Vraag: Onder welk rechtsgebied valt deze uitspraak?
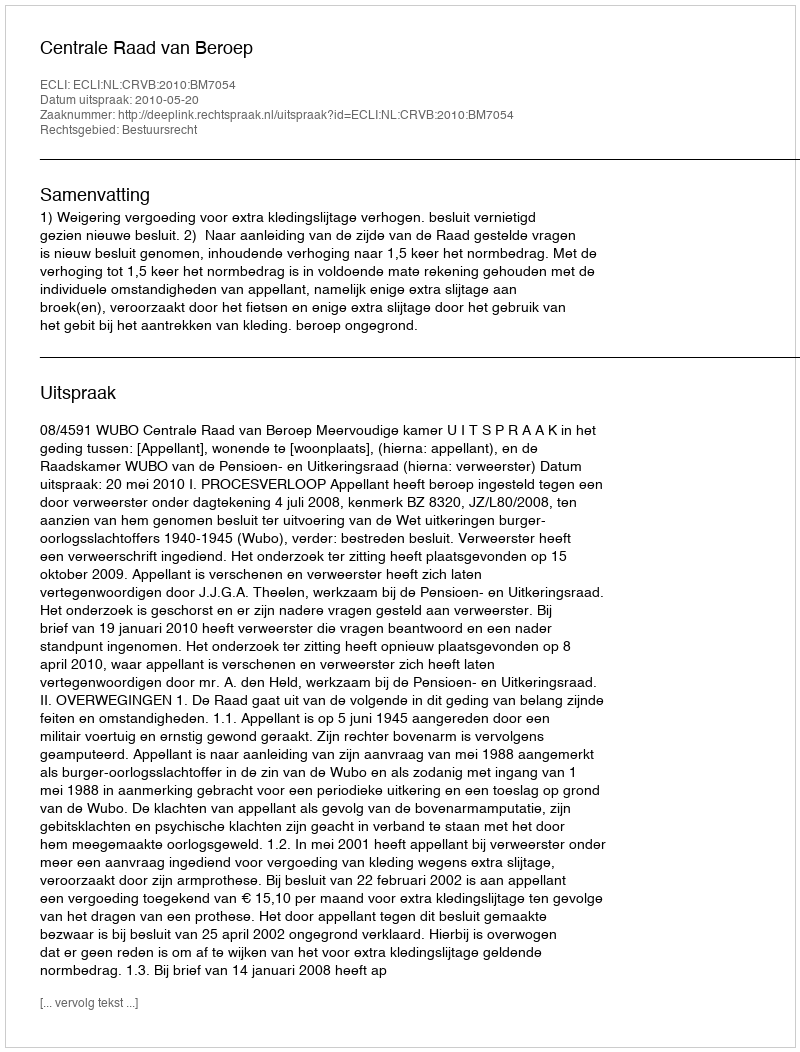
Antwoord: Bestuursrecht